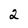
Character: 2